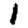
Digit: 1